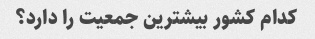
کدام کشور بیشترین جمعیت را دارد؟